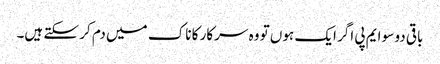
باقی دو سو ایم پی اگر ایک ہوں تو وہ سرکار کا ناک میں دم کر سکتے ہیں۔